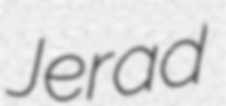
Jerad